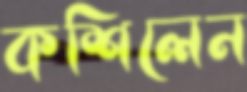
কশিলেন